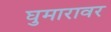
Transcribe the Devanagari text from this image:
घुमारावर